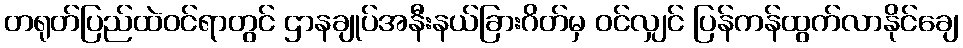
တရုတ်ပြည်ထဲဝင်ရာတွင် ဌာနချုပ်အနီးနယ်ခြားဂိတ်မှ ဝင်လျှင် ပြန်ကန်ထွက်လာနိုင်ချေ